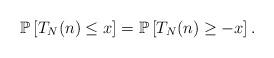
LaTeX: \begin{align*}\mathbb P \left[T_N(n)\le x \right]=\mathbb P \left[T_N(n)\ge - x \right].\end{align*}